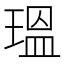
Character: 瑥